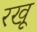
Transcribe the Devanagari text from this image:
रखू